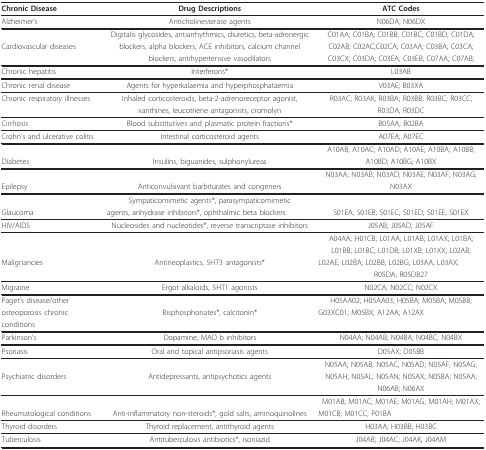
<table><thead><tr><td><b>Chronic Disease</b></td><td><b>Drug Descriptions</b></td><td><b>ATC Codes</b></td></tr></thead><tbody><tr><td>Alzheimer&#x27;s</td><td>Anticholinesterase agents</td><td>N06DA; N06DX</td></tr><tr><td></td><td>Digitalis glycosides, antiarrhythmics, diuretics, beta-adrenergic</td><td>C01AA; C01BA; C01BB; C01BC; C01BD; C01DA;</td></tr><tr><td>Cardiovascular diseases</td><td>blockers, alpha blockers, ACE inhibitors, calcium channel</td><td>C02AB; C02AC;C02CA; C03AA; C03BA; C03CA;</td></tr><tr><td></td><td>blockers, antihypertensive vasodilators</td><td>C03CX; C03DA; C03EA; C03EB; C07AA; C07AB;</td></tr><tr><td>Chronic hepatitis</td><td>Interferons*</td><td>L03AB</td></tr><tr><td>Chronic renal disease</td><td>Agents for hyperkalaemia and hyperphosphataemia</td><td>V03AE; B03XA</td></tr><tr><td>Chronic respiratory illnesses</td><td>Inhaled corticosteroids, beta-2-adrenoreceptor agonist,</td><td>R03AC; R03AK; R03BA; R03BB; R03BC; R03CC;</td></tr><tr><td></td><td>xanthines, leucotriene antagonists, cromolyn</td><td>R03DA; R03DC</td></tr><tr><td>Cirrhosis</td><td>Blood substitutives and plasmatic protein fractions*</td><td>B05AA; B02BA</td></tr><tr><td>Crohn&#x27;s and ulcerative colitis</td><td>Intestinal corticosteroid agents</td><td>A07EA; A07EC</td></tr><tr><td></td><td></td><td>A10AB; A10AC; A10AD; A10AE; A10BA; A10BB;</td></tr><tr><td>Diabetes</td><td>Insulins, biguanides, sulphonylureas</td><td>A10BD; A10BG; A10BX</td></tr><tr><td></td><td></td><td>N03AA; N03AB; N03AD; N03AE; N03AF; N03AG;</td></tr><tr><td>Epilepsy</td><td>Anticonvulsivant barbiturates and congeners</td><td>N03AX</td></tr><tr><td></td><td>Sympaticomimetic agents*, parasympaticomimetic</td><td></td></tr><tr><td>Glaucoma</td><td>agents, anhydrase inhibitors*, ophthalmic beta blockers</td><td>S01EA; S01EB; S01EC; S01ED; S01EE; S01EX</td></tr><tr><td>HIV/AIDS</td><td>Nucleosides and nucleotides*, reverse transcriptase inhibitors</td><td>J05AB; J05AD; J05AF</td></tr><tr><td></td><td></td><td>A04AA; H01CB; L01AA; L01AB; L01AX; L01BA;</td></tr><tr><td></td><td></td><td>L01BB; L01BC; L01DB; L01XB; L01XX; L02AB;</td></tr><tr><td>Malignancies</td><td>Antineoplastics, 5HT3 antagonists*</td><td>L02AE; L02BA; L02BB; L02BG; L03AA; L03AX;</td></tr><tr><td></td><td></td><td>R05DA; R05DB27</td></tr><tr><td>Migraine</td><td>Ergot alkaloids, 5HT1 agonists</td><td>N02CA; N02CC; N02CX</td></tr><tr><td>Paget&#x27;s disease/other</td><td></td><td>H05AA02; H05AA03; H05BA; M05BA; M05BB;</td></tr><tr><td>osteoporosis chronic</td><td>Bisphosphonates*, calcitonin*</td><td>G03XC01; M05BX; A12AA; A12AX</td></tr><tr><td>conditions</td><td></td><td></td></tr><tr><td>Parkinson&#x27;s</td><td>Dopamine, MAO b inhibitors</td><td>N04AA; N04AB; N04BA; N04BC; N04BX</td></tr><tr><td>Psoriasis</td><td>Oral and topical antipsoriasis agents</td><td>D05AX; D05BB</td></tr><tr><td></td><td></td><td>N05AA; N05AB; N05AC; N05AD; N05AF; N05AG;</td></tr><tr><td>Psychiatric disorders</td><td>Antidepressants, antipsychotics agents</td><td>N05AH; N05AL; N05AN; N05AX; N05BA; N05AA;</td></tr><tr><td></td><td></td><td>N06AB; N06AX</td></tr><tr><td></td><td></td><td>M01AB; M01AC; M01AE; M01AG; M01AH; M01AX;</td></tr><tr><td>Rheumatological conditions</td><td>Anti-inflammatory non-steroids*, gold salts, aminoquinolines</td><td>M01CB; M01CC; P01BA</td></tr><tr><td>Thyroid disorders</td><td>Thyroid replacement, antithyroid agents</td><td>H03AA; H03BB; H03BC</td></tr><tr><td>Tuberculosis</td><td>Antituberculosis antibiotics*, isoniazid</td><td>J04AB; J04AC; J04AK; J04AM</td></tr></tbody></table>